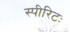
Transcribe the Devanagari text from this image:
स्पीरिटः